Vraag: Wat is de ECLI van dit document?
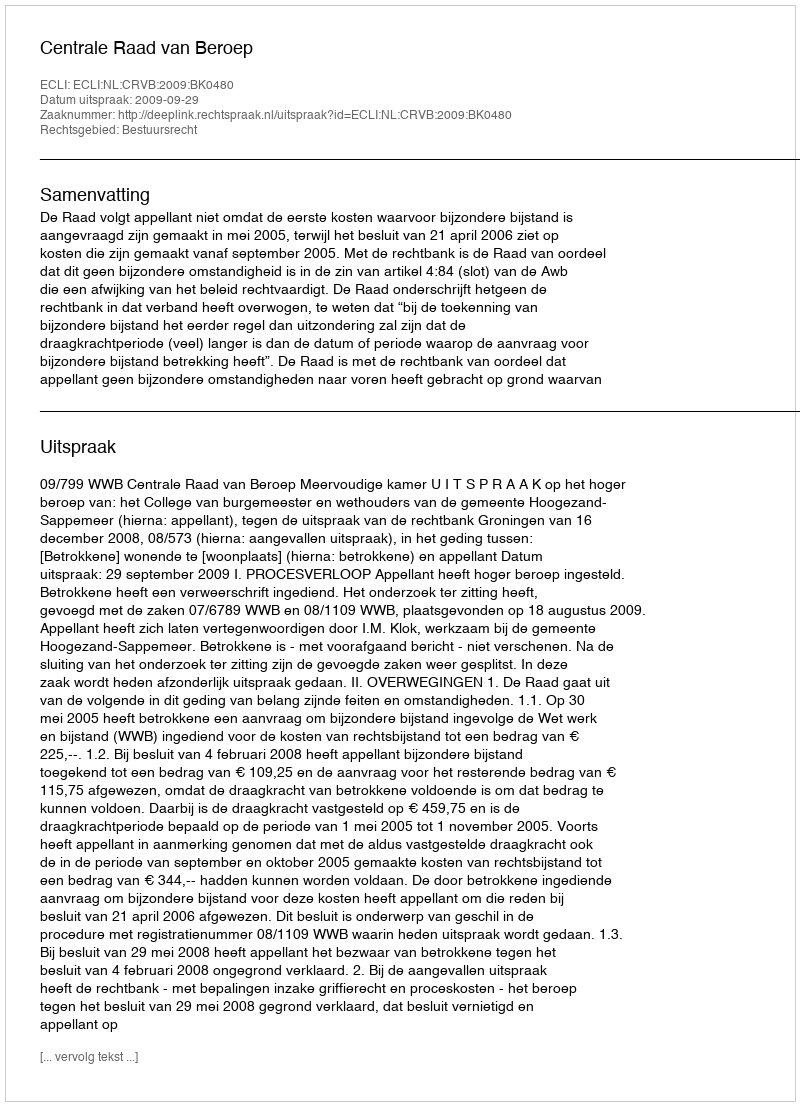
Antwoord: ECLI:NL:CRVB:2009:BK0480